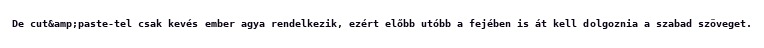
De cut&amp;paste-tel csak kevés ember agya rendelkezik, ezért előbb utóbb a fejében is át kell dolgoznia a szabad szöveget.